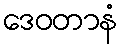
ဒေဝတာနံ